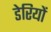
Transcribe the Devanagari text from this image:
डेरियों